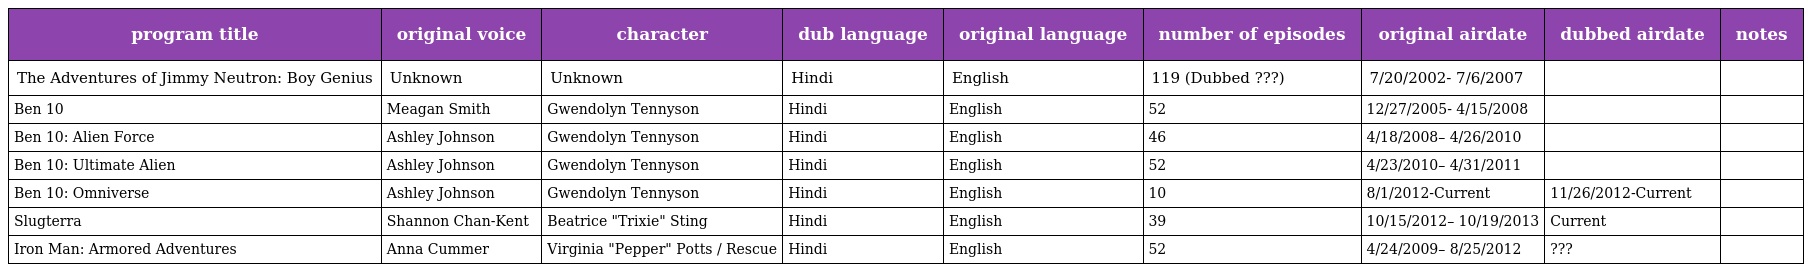
| program title | original voice | character | dub language | original language | number of episodes | original airdate | dubbed airdate | notes |
 | --- | --- | --- | --- | --- | --- | --- | --- | --- |
 | The Adventures of Jimmy Neutron: Boy Genius | Unknown | Unknown | Hindi | English | 119 (Dubbed ???) | 7/20/2002- 7/6/2007 |  |  |
 | Ben 10 | Meagan Smith | Gwendolyn Tennyson | Hindi | English | 52 | 12/27/2005- 4/15/2008 |  |  |
 | Ben 10: Alien Force | Ashley Johnson | Gwendolyn Tennyson | Hindi | English | 46 | 4/18/2008– 4/26/2010 |  |  |
 | Ben 10: Ultimate Alien | Ashley Johnson | Gwendolyn Tennyson | Hindi | English | 52 | 4/23/2010– 4/31/2011 |  |  |
 | Ben 10: Omniverse | Ashley Johnson | Gwendolyn Tennyson | Hindi | English | 10 | 8/1/2012-Current | 11/26/2012-Current |  |
 | Slugterra | Shannon Chan-Kent | Beatrice "Trixie" Sting | Hindi | English | 39 | 10/15/2012– 10/19/2013 | Current |  |
 | Iron Man: Armored Adventures | Anna Cummer | Virginia "Pepper" Potts / Rescue | Hindi | English | 52 | 4/24/2009– 8/25/2012 | ??? |  |